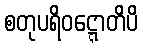
စတုပရိဝဋ္ဋောတိပိ